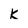
Character: k